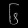
Digit: ၆